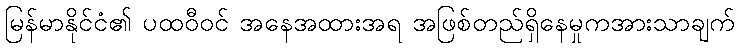
မြန်မာနိုင်ငံ၏ ပထဝီဝင် အနေအထားအရ အဖြစ်တည်ရှိနေမှုကအားသာချက်